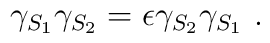
\gamma_{S_1}\gamma_{S_2}=\epsilon\gamma_{S_2}\gamma_{S_1}~.